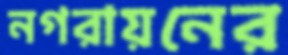
নগরায়নের